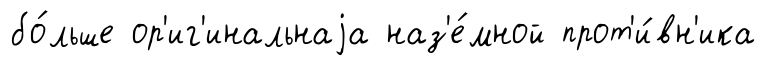
бо́льше ор'иг'инальнаjа наз'е́мной прот'и́вн'ика